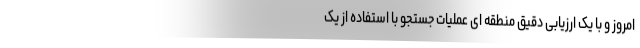
امروز و با یک ارزیابی دقیق منطقه ای عملیات جستجو با استفاده از یک